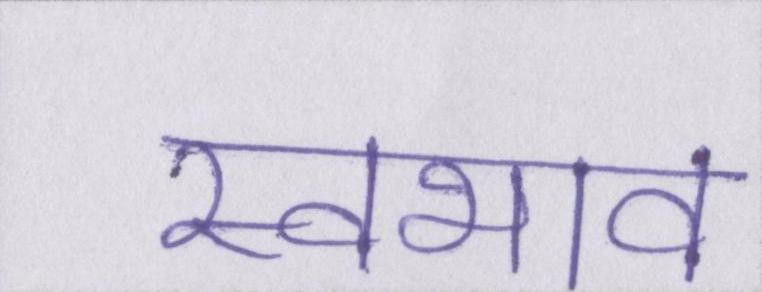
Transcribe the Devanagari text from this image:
स्वभाव